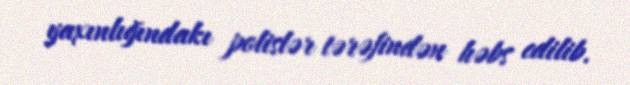
yaxınlığındakı polislər tərəfindən həbs edilib.